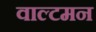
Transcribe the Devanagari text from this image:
वाल्टमन